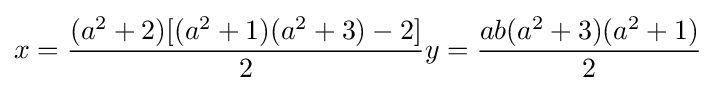
x={\frac {(a^{2}+2)[(a^{2}+1)(a^{2}+3)-2]}{2}}y={\frac {ab(a^{2}+3)(a^{2}+1)}{2}}